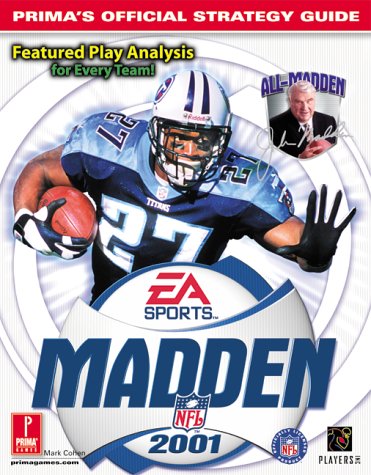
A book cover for Madden NFL 2001: Prima's Official Strategy Guide; Mark Cohen; Humor & Entertainment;